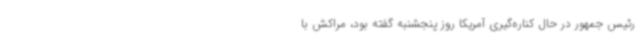
رئیس جمهور در حال کناره‌گیری آمریکا روز پنجشنبه گفته بود، مراکش با